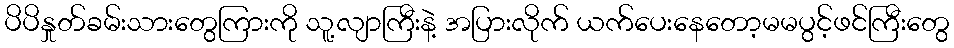
ပိပိနှုတ်ခမ်းသားတွေကြားကို သူ့လျာကြီးနဲ့ အပြားလိုက် ယက်ပေးနေတော့မမပွင့်ဖင်ကြီးတွေ